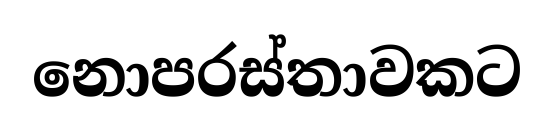
නොපරස්තාවකට